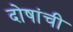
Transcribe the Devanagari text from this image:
दोषांची